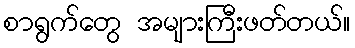
စာရွက်တွေ အများကြီးဖတ်တယ်။